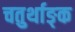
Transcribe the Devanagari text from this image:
चतुर्थाङ्क